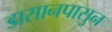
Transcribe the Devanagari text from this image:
डासानपासुन